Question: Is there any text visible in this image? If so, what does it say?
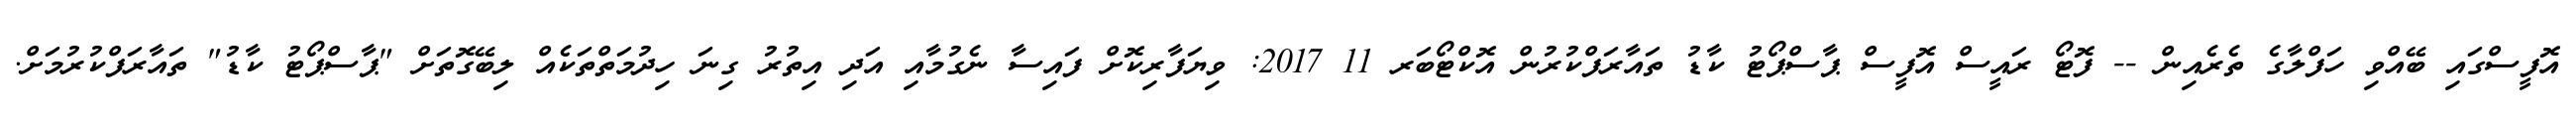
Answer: އޮފީސްގައި ބޭއްވި ހަފްލާގެ ތެރެއިން -- ފޮޓޯ ރައީސް އޮފީސް ޕާސްޕޯޓު ކާޑު ތައާރަފްކުރުން އޮކްޓޯބަރ 11 2017: ވިޔަފާރިކޮށް ފައިސާ ނެގުމާއި އަދި އިތުރު ގިނަ ހިދުމަތްތަކެއް ލިބޭގޮތަށް "ޕާސްޕޯޓު ކާޑު" ތައާރަފްކުރުމަށް.